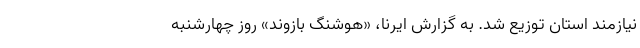
نیازمند استان توزیع شد. به گزارش ایرنا، «هوشنگ بازوند» روز چهارشنبه